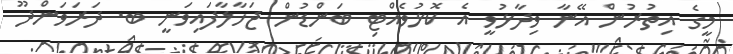
މީގެ އިތުރުން އޭނާ ވިދާޅުވީ އެ ކޮޅުވެއްޓި ބަންޑުން ޖަހާލާފައިވަނީ ބ. ދަރަވަންދޫ